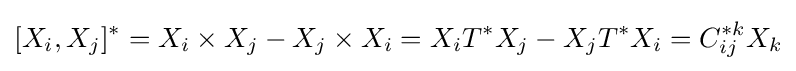
[X_{i},X_{j}]^{*}=X_{i}\times X_{j}-X_{j}\times X_{i}=X_{i}T^{*}X_{j}-X_{j}T^{*}X_{i}=C_{ij}^{*k}X_{k}